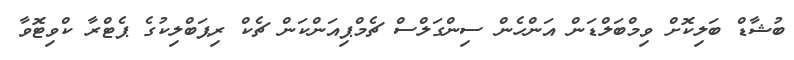
ބުޝާޑް ބަލިކޮށް ވިމްބަލްޑަން އަންހެން ސިންގަލްސް ޗެމްޕިއަންކަން ޗެކް ރިޕަބްލިކުގެ ޕެޓްރާ ކްވިޓޮވާ